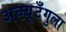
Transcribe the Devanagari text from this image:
अक्यूटँगुला